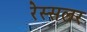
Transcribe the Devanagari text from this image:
रेस्सलर